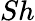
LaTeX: Sh